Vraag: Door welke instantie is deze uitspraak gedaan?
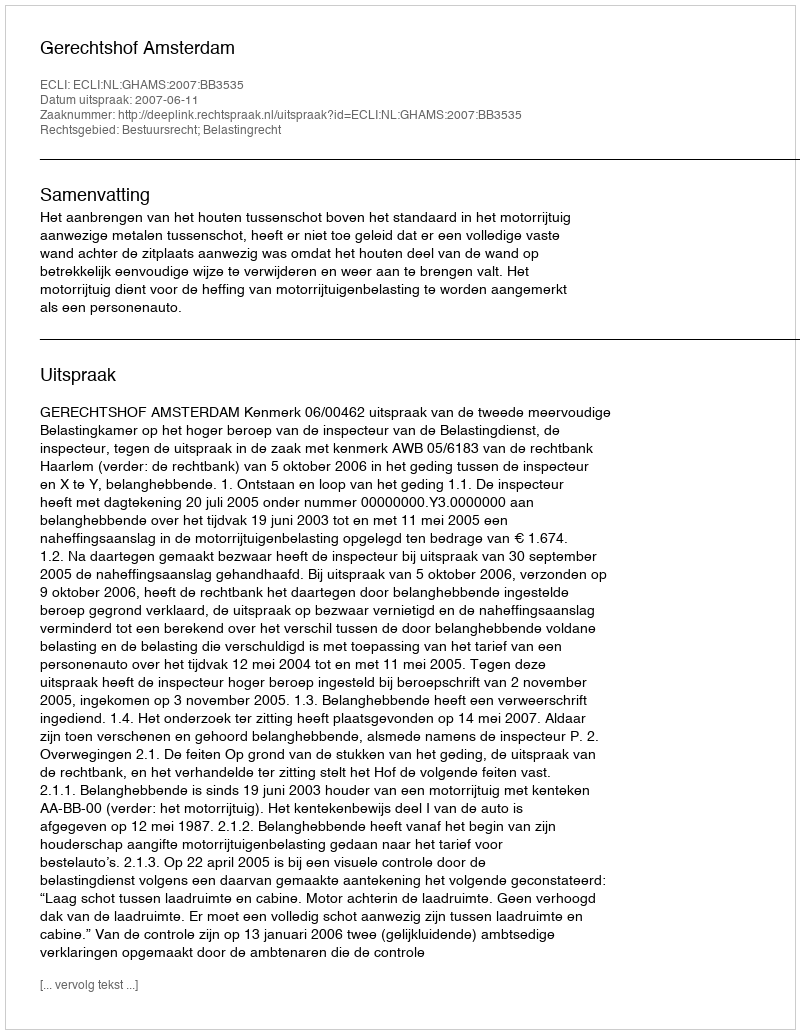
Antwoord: Gerechtshof Amsterdam